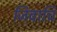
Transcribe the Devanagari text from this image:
जिवाचि